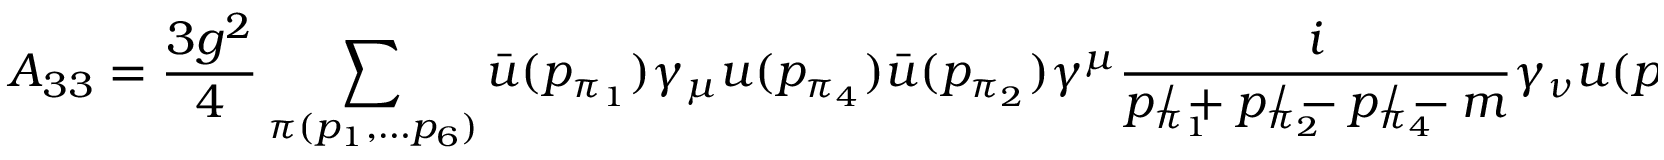
{ \cal A } _ { 3 3 } = \frac { 3 g ^ { 2 } } { 4 } \sum _ { \pi ( p _ { 1 } , \ldots p _ { 6 } ) } \bar { u } ( p _ { \pi _ { 1 } } ) \gamma _ { \mu } u ( p _ { \pi _ { 4 } } ) \bar { u } ( p _ { \pi _ { 2 } } ) \gamma ^ { \mu } \frac { i } { p _ { \pi _ { 1 } } \! \! \! \! \! \! \! / + p _ { \pi _ { 2 } } \! \! \! \! \! \! \! / - p _ { \pi _ { 4 } } \! \! \! \! \! \! \! / - m } \gamma _ { \nu } u ( p _ { \pi _ { 5 } } ) \bar { u } ( p _ { \pi _ { 3 } } ) \gamma ^ { \nu } u ( p _ { \pi _ { 6 } } )